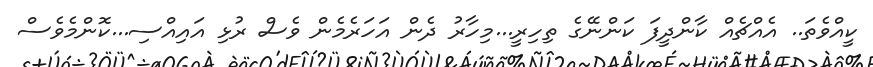
ކީއްވެތަ.. އެއްޗެއް ކާންދީފަ ކަންނޭގެ ތިހިރީ...މިހާރު ދެން އަހަރެމެން ވެސް ރުޅި އައިއްސި...ކޮންމެވެސް